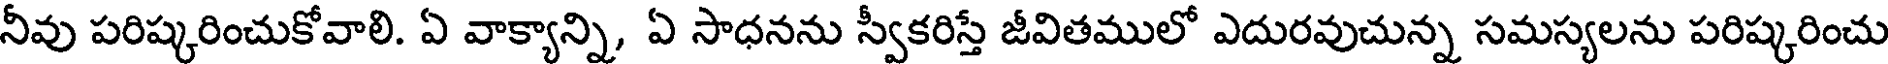
నీవు పరిష్కరించుకోవాలి. ఏ వాక్యాన్ని, ఏ సాధనను స్వీకరిస్తే జీవితములో ఎదురవుచున్న సమస్యలను పరిష్కరించు